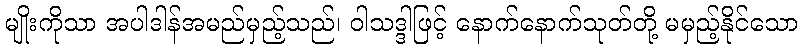
မျိုးကိုသာ အပါဒါန်အမည်မှည့်သည်၊ ဝါသဒ္ဒါဖြင့် နောက်နောက်သုတ်တို့ မမှည့်နိုင်သော